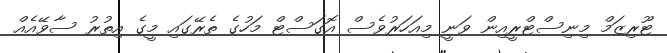
ޓޫރިޒަމް މިނިސްޓްރީއިން ވަނީ މިއަހަރުވެސް އޮގަސްޓް މަހުގެ ތެރޭގައި މީގެ އިތުރު ސާވޭއެއް